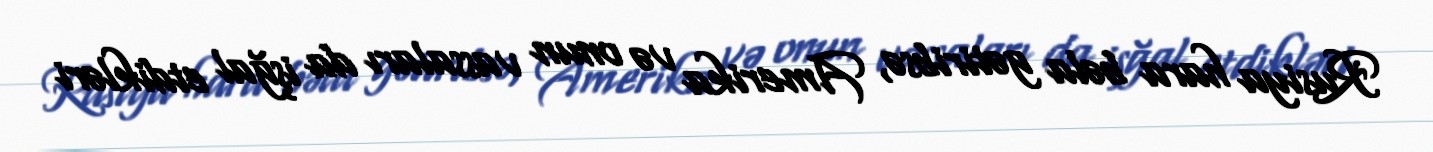
Rusiya hara bəla gətiribsə, Amerika və onun vassaları da işğal etdikləri